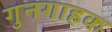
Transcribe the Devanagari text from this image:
गुनगाहक